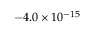
{ - 4 . 0 \times 1 0 ^ { - 1 5 } }